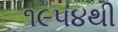
૧૯૫૪થી